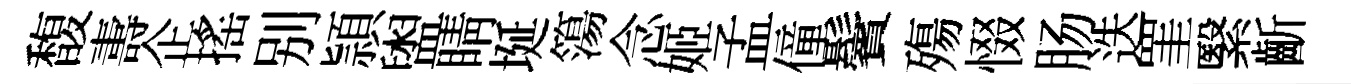
馥夀企搖别頴盥睛埏簜念姬孟僮鬢殤惙肠迭罣繄齗